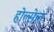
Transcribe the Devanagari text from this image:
होल्सेल